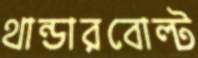
থান্ডারবোল্ট